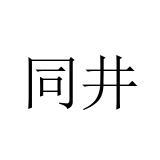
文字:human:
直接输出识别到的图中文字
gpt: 同井